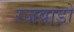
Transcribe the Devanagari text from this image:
रजवाडो